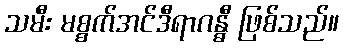
သမီး မစ္စက်အင်ဒီရာဂန္ဓီ ဖြစ်သည်။